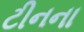
ટીનના